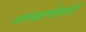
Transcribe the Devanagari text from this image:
अपत्यप्राप्तीसाठी